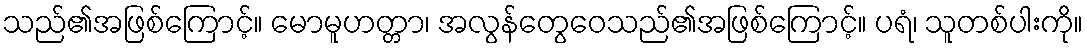
သည်၏အဖြစ်ကြောင့်။ မောမူဟတ္တာ၊ အလွန်တွေဝေသည်၏အဖြစ်ကြောင့်။ ပရံ၊ သူတစ်ပါးကို။